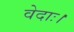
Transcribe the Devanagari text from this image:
वेदाः।